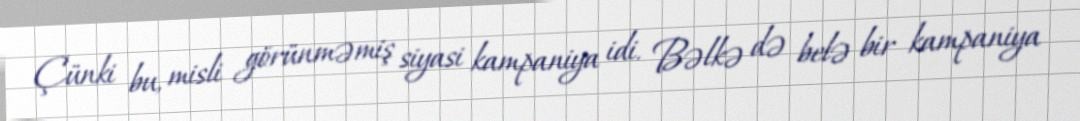
Çünki bu, misli görünməmiş siyasi kampaniya idi. Bəlkə də belə bir kampaniya